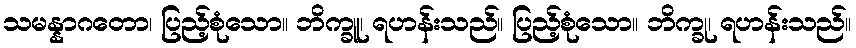
သမန္နာဂတော၊ ပြည့်စုံသော။ ဘိက္ခူ၊ ရဟန်းသည်။ ပြည့်စုံသော။ ဘိက္ခု၊ ရဟန်းသည်။